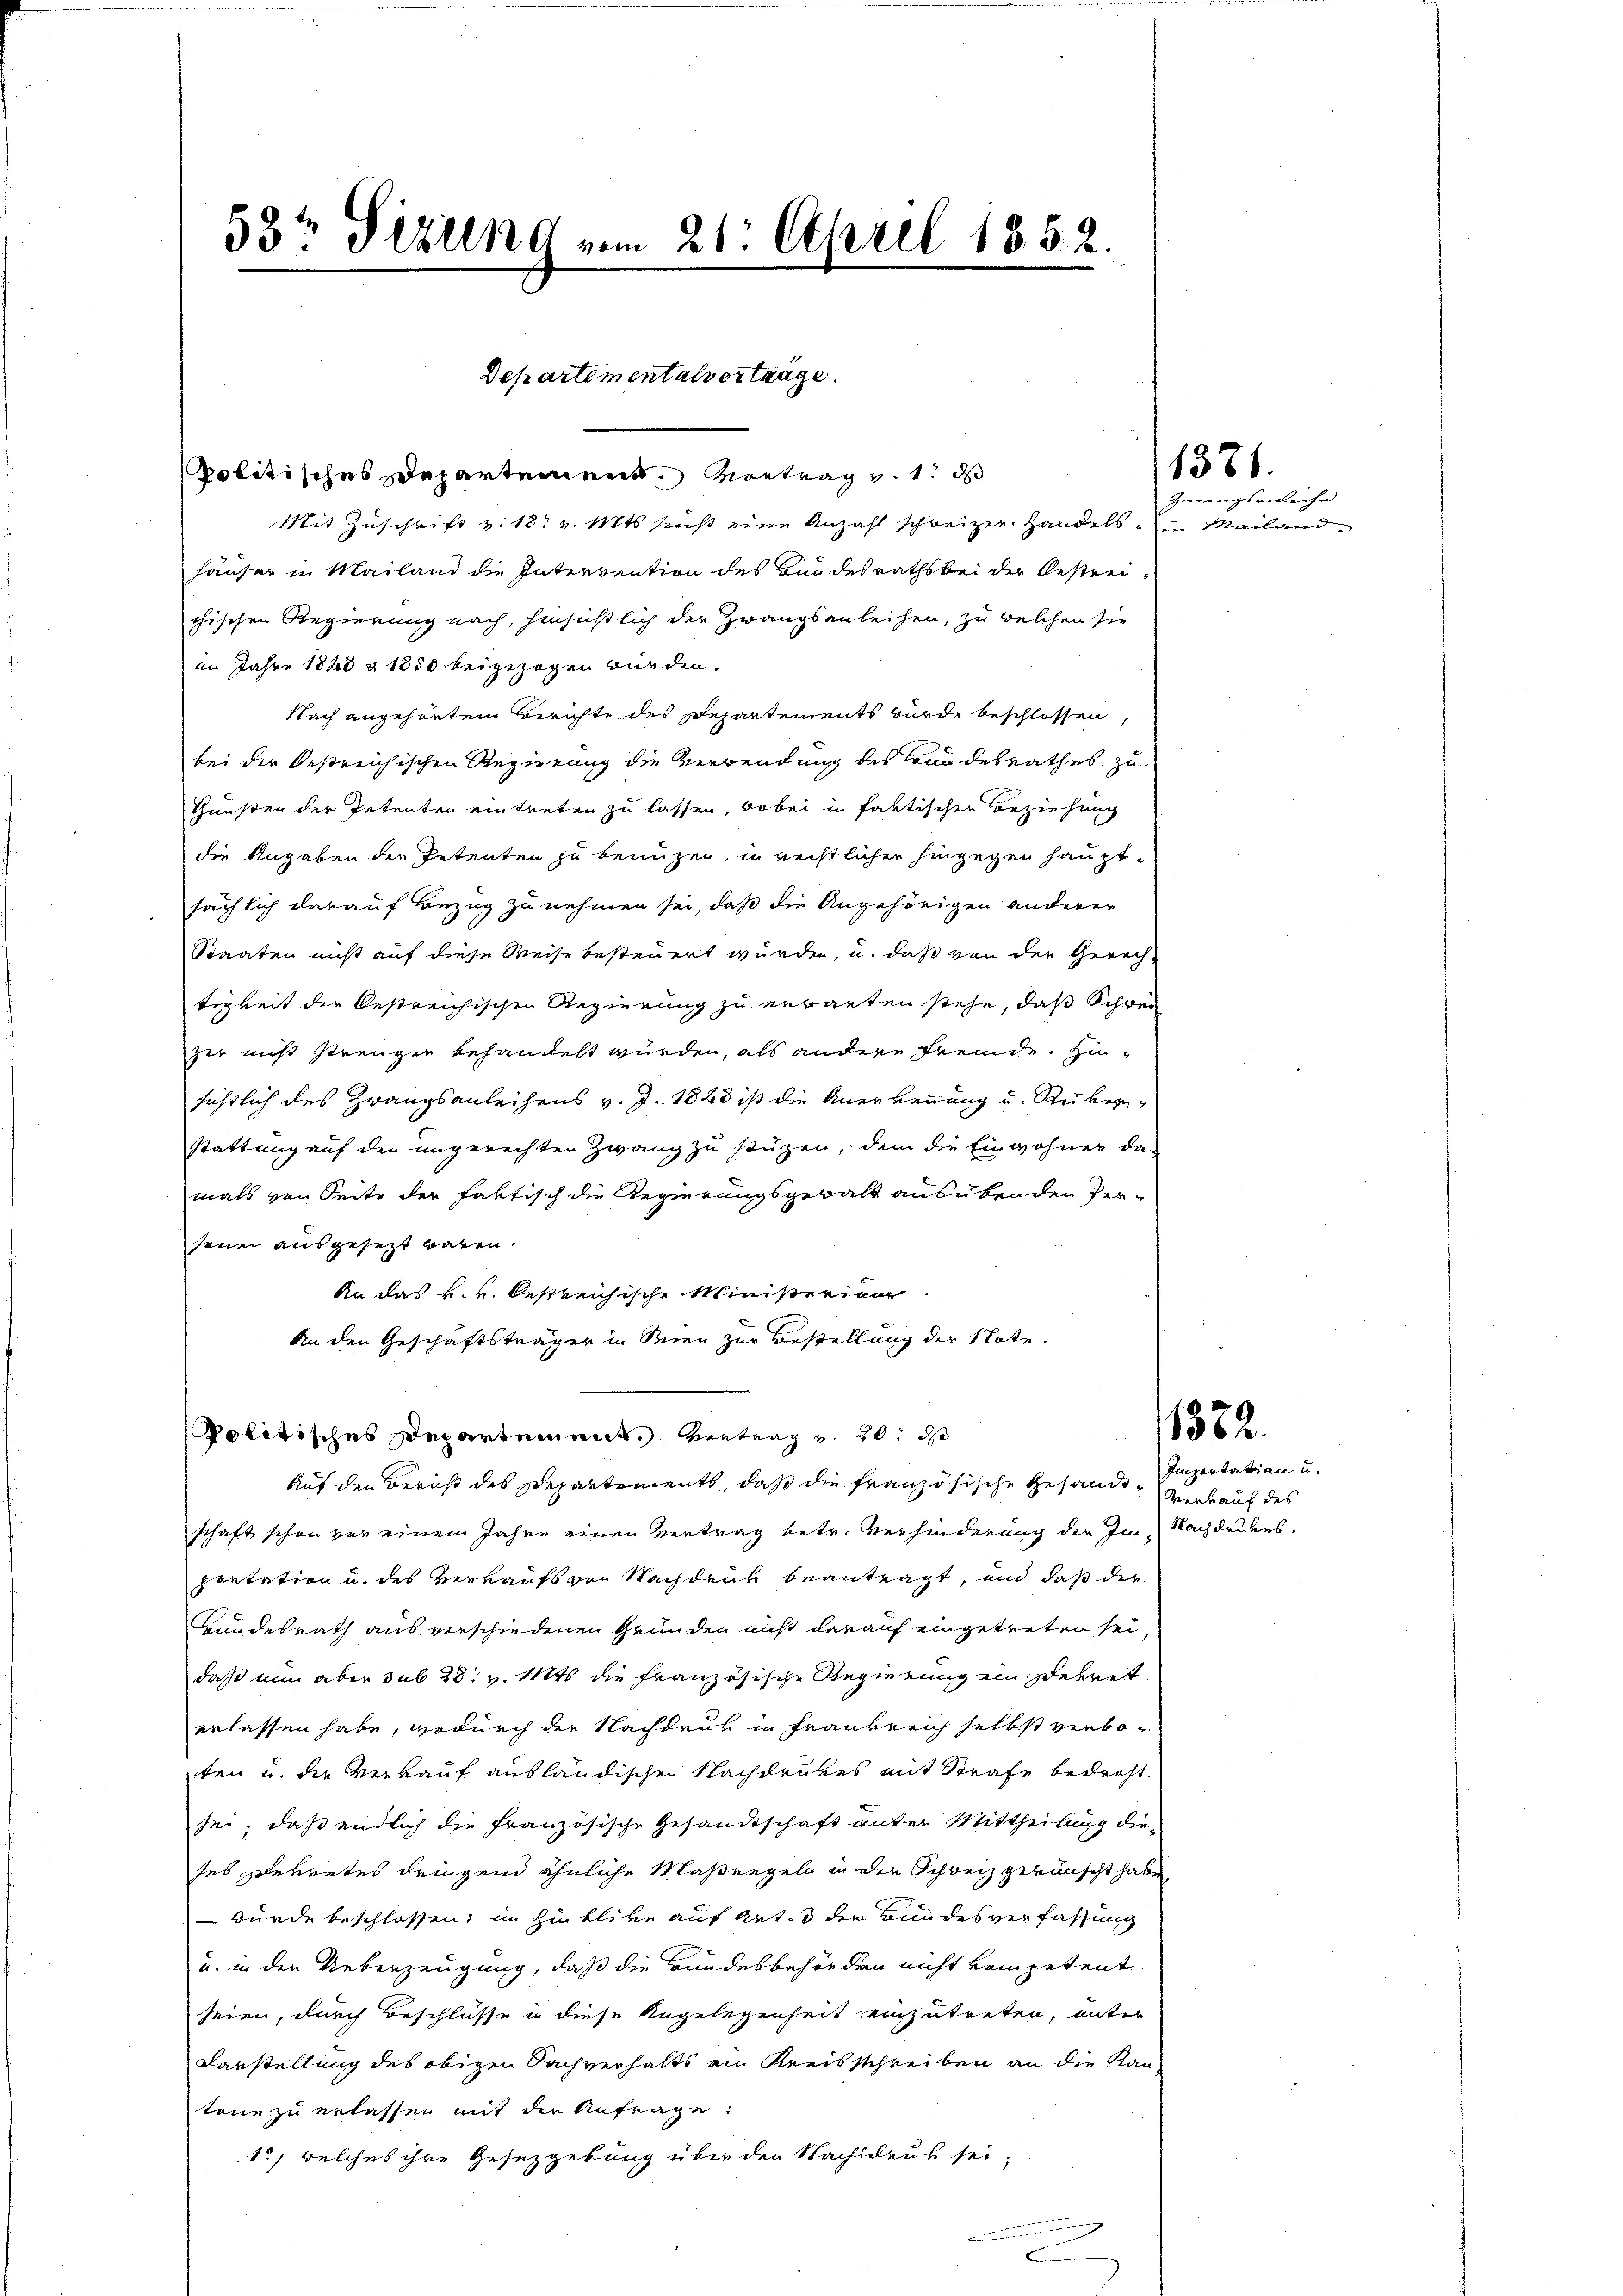
53t Sizung vom 21. April 1852.

Departementalvertrage.

politisches Departement. Vortrag v. 1. ds
Mit Zuschrift v. 18. v. Mts. sus eine Anzahl schweizer. Handels. Mailand
häuser in Mailand die Intervention des Bundesraths bei der Bestreichischen Regierung nach, hinsichtlich der Zwangsanleihen, zu welchen sie
im Jahre 1888 & 1850 beigezogen würden.
Nach angehörtem Berichte des Departements wurde beschlossen,
bei der Oestreichischen Regierung die Verwendung des Bundesrathes zu
Gunsten der Petenten eintreten zu lassen, wobei in faktischen Beziehung
die Angaben der Petenten zu benuzen, in rechtlicher hingegen hauptsächlich darauf Bezug zu nehmen sei, daß die Angehörigen anderer
Staaten nicht auf diese Weise besteuert wurden, u. daß von der Gerechtigkeit der Oestreichischen Regierung zu erbauten stehe, daß Schwei
zer nicht strenger behandelt würden, als andere Fremde. Hinsichtlich des Zwangsanleihens v. J. 1848 ist die Anerkennung u. Reiberstattung auf den ungerechten Zwang zu stüzen, dem die Einwohner da-
mals von Seite der faktisch die Regierungsgewalt ausübenden Perjenen ausgesetzt haben.
An das k. k. bestreichische Ministerien.
An den Geschäftsträger in Seien zur Bestellung der State.
politisches Departement. Vertrag v. 20. d
Auf den Bericht des Departements, daß die französische Gesandtschaft schon vor einem Jahre einen Vertrag betr. Verhinderung der Im Nachdeutes.
pontation u. des Verkaufs von Nachdruk beantragt, und daß der
Gundesrath aus verschiedenen Gründen nicht darauf eingetreten sei,
daß nun aber sub 28. v. Mts. die französische Regierung ein gekret
erlassen habe, wodurch der Nachdens in Frankreich selbst verboten u. die Verkauf aushändischen Nachdrukes mit Strafe bedroht
sei; daß endlich die französische Gesandtschaft unter Mittheilung dietes getretes dringend ähnliche Maßengeln in der Schweiz gewünscht habe
 würde beschlossen; im Hinblibe auf Art. 3 der Bundesverfassung
u. in der Ueberzeugung, daß die Bundesbehörden nicht kompetent
seien, durch Beschlüsse in diese Angelegenheit einzutreten, unter
Darstellung des obigen Sachverhalts an Kreisschreiben an die Kan
tone zu erlassen mit der Anfrage:
1., welches ihre Gesetzgebung über den Nachdruk sei;

1371.

Zwangsanleihe

1332.

Importatian u.
Verkauf des